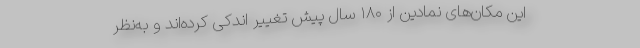
این مکان‌های نمادین از ۱۸۰ سال پیش تغییر اندکی کرده‌اند و به‌نظر